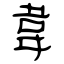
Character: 韋